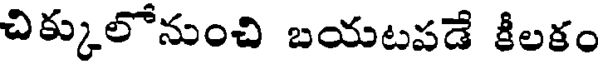
చిక్కులోనుంచి బయటవడే కీలకం